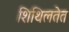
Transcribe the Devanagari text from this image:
शिथिलतेत